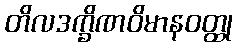
တိလဒက္ခိဏဝိမာနဝတ္ထု